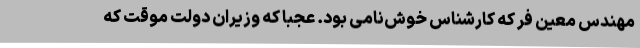
مهندس معین فر که کارشناس خوش‌نامی بود. عجبا که وزیران دولت موقت که